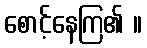
စောင့်နေကြ၏ ။